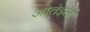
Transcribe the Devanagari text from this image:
ओतेइली